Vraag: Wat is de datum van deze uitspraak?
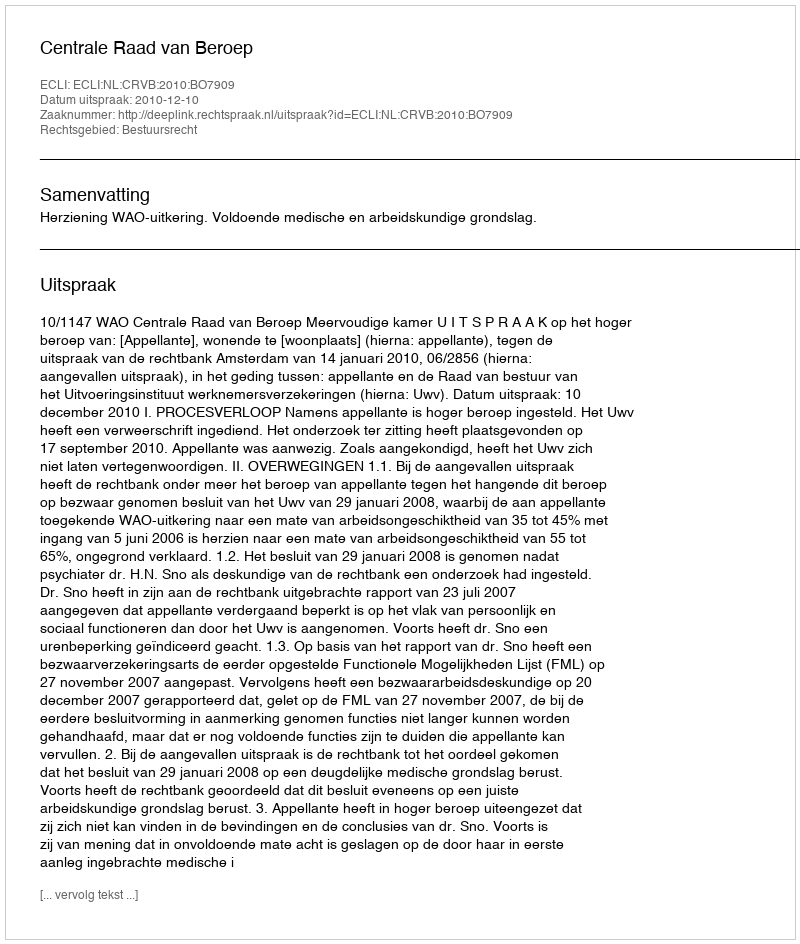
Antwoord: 2010-12-10